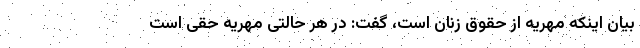
بیان اینکه مهریه از حقوق زنان است، گفت: در هر حالتی مهریه حقی است